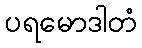
ပရမောဒါတံ